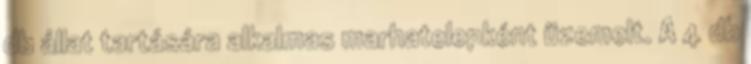
db állat tartására alkalmas marhatelepként üzemelt. A 4 db